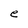
Character: e